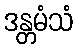
ဒန္တမံသံ